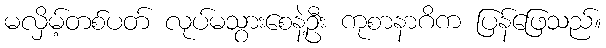
မလှိမ့်တစ်ပတ် လုပ်မသွားစေနဲ့ဦး ကုစာနာဂိက ပြန်ဖြေသည်။